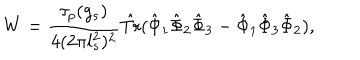
W = \frac { \tau _ { p } ( g _ { s } ) } { 4 ( 2 \pi l _ { s } ^ { 2 } ) ^ { 2 } } \hat { \mathrm { T r } } ( \hat { \Phi } _ { 1 } \hat { \Phi } _ { 2 } \hat { \Phi } _ { 3 } - \hat { \Phi } _ { 1 } \hat { \Phi } _ { 3 } \hat { \Phi } _ { 2 } ) ,